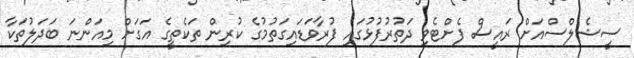
ސީޝެލްސްއަށް ރައީސް ފެށްޓެވި ދަތުރުފުޅުގައި ފުރާވަޑައިގަތުމުގެ ކުރިން ތަކެތީގެ އަގަށް މިއަންނަ ބަދަލުތަކާ